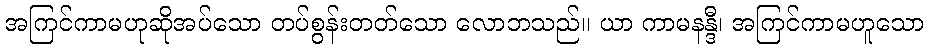
အကြင်ကာမဟုဆိုအပ်သော တပ်စွန်းတတ်သော လောဘသည်။ ယာ ကာမနန္ဒီ၊ အကြင်ကာမဟူသော